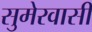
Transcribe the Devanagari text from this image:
सुमेरवासी